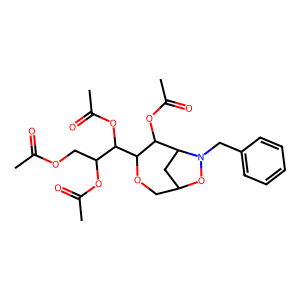
SMILES: CC(=O)OCC(OC(C)=O)C(OC(C)=O)C1OCC2CC(C1OC(C)=O)N(Cc1ccccc1)O2
Inhibits HIV replication: No